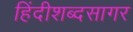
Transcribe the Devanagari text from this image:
हिंदीशब्दसागर